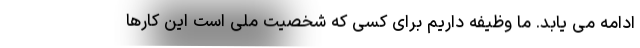
ادامه می یابد. ما وظیفه داریم برای کسی که شخصیت ملی است این کارها